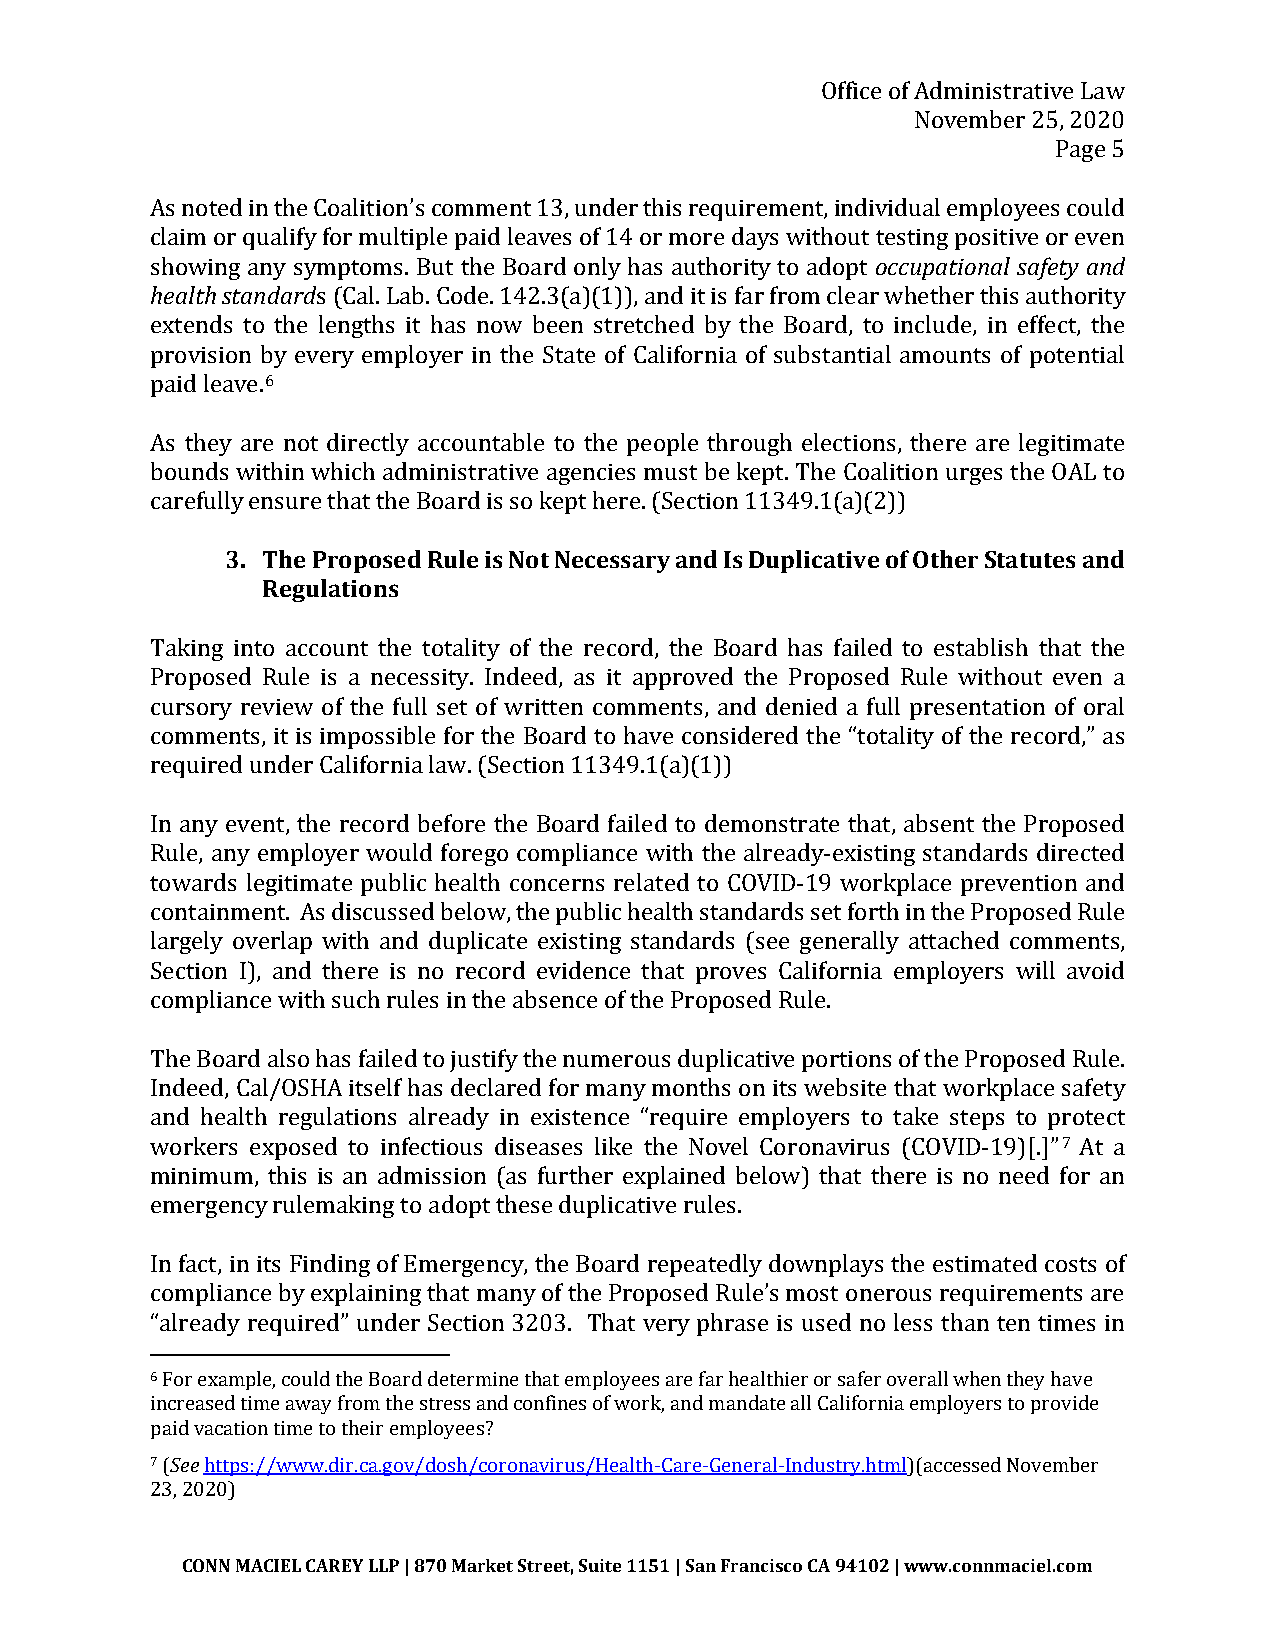
Office of Administrative Law
 November 25, 2020
 Page 5
 As noted in the Coalition’s comment 13, under this requirement, indiovcidcuupala etimonpalol yseaefest cyo aunldd
 chleaaimlth o srt aqnudaalirfdy for multiple paid leaves of 14 or more days without testing positive or even
 showing any symptoms. But the Board only has authority to adopt
 s (Cal. Lab. Code. 142.3(a)(1)), and it is far from clear whether this authority
 extends to the lengths it has now been stretched by the Board, to include, in effect, the
 provision by every employer in the State of California of substantial amounts of potential
 6
 paid leave.
 As they are not directly accountable to the people through elections, there are legitimate
 bounds within which administrative agencies must be kept. The Coalition urges the OAL to
 carefull3y. enTshuer eP rthoapto tsheed B Rouarled iiss Nsoo kt eNpetc heesrsea.r (yS eacntdio Ins 1D1u3p4l9ic.1a(taiv)(e2 o))f Other Statutes and
 Regulations
 Taking into account the totality of the record, the Board has failed to establish that the
 Proposed Rule is a necessity. Indeed, as it approved the Proposed Rule without even a
 cursory review of the full set of written comments, and denied a full presentation of oral
 comments, it is impossible for the Board to have considered the “totality of the record,” as
 required under California law. (Section 11349.1(a)(1))
 In any event, the record before the Board failed to demonstrate that, absent the Proposed
 Rule, any employer would forego compliance with the already-existing standards directed
 towards legitimate public health concerns related to COVID-19 workplace prevention and
 containment. As discussed below, the public health standards set forth in the Proposed Rule
 largely overlap with and duplicate existing standards (see generally attached comments,
 Section I), and there is no record evidence that proves California employers will avoid
 compliance with such rules in the absence of the Proposed Rule.
 The Board also has failed to justify the numerous duplicative portions of the Proposed Rule.
 Indeed, Cal/OSHA itself has declared for many months on its website that workplace safety
 and health regulations already in existence “require employers to take steps to protect
 7
 workers exposed to infectious diseases like the Novel Coronavirus (COVID-19)[.]” At a
 minimum, this is an admission (as further explained below) that there is no need for an
 emergency rulemaking to adopt these duplicative rules.
 In fact, in its Finding of Emergency, the Board repeatedly downplays the estimated costs of
 compliance by explaining that many of the Proposed Rule’s most onerous requirements are
 “already required” under Section 3203. That very phrase is used no less than ten times in
 6
 For example, could the Board determine that employees are far healthier or safer overall when they have
 increased time away from the stress and confines of work, and mandate all California employers to provide
 See
 paid vacation time to their employees?
 7
 ( https://www.dir.ca.gov/dosh/coronavirus/Health-Care-General-Industry.html)(accessed November
 23, 2020)
 CONN MACIEL CAREY LLP | 870 Market Street, Suite 1151 | San Francisco CA 94102 | www.connmaciel.com